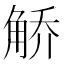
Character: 𫌯